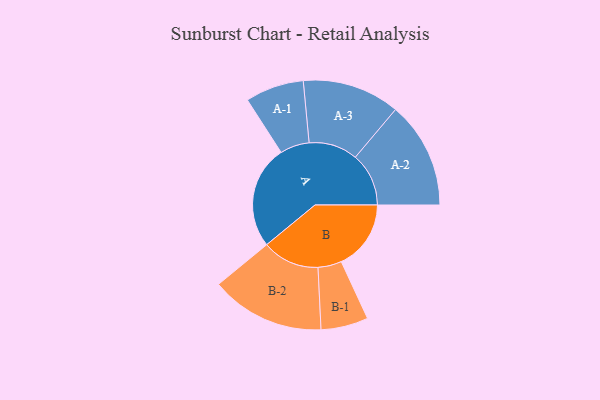
{"axis": {"x": "Segment", "y": "Value"}, "legend": ["", "A", "B"], "data": [{"x": "A", "y": 494, "type": ""}, {"x": "B", "y": 333, "type": ""}, {"x": "A-1", "y": 140, "type": "A"}, {"x": "A-2", "y": 255, "type": "A"}, {"x": "A-3", "y": 233, "type": "A"}, {"x": "B-1", "y": 113, "type": "B"}, {"x": "B-2", "y": 273, "type": "B"}]}